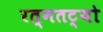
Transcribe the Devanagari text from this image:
रत्नतट्यो